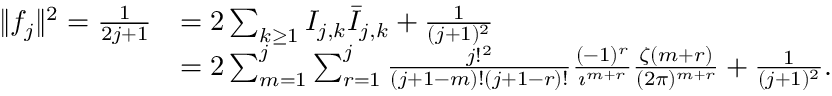
{ \begin{array} { r l } { \| f _ { j } \| ^ { 2 } = { \frac { 1 } { 2 j + 1 } } } & { = 2 \sum _ { k \geq 1 } I _ { j , k } { \bar { I } } _ { j , k } + { \frac { 1 } { ( j + 1 ) ^ { 2 } } } } \\ & { = 2 \sum _ { m = 1 } ^ { j } \sum _ { r = 1 } ^ { j } { \frac { j ! ^ { 2 } } { ( j + 1 - m ) ! ( j + 1 - r ) ! } } { \frac { ( - 1 ) ^ { r } } { \imath ^ { m + r } } } { \frac { \zeta ( m + r ) } { ( 2 \pi ) ^ { m + r } } } + { \frac { 1 } { ( j + 1 ) ^ { 2 } } } . } \end{array} }